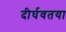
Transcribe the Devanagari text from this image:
दीर्घवतया